Report on sanitation, dispensaries, and jails in Rajputana for 1909, and on vaccination for the year 1909-1910 - 1909-1910
Year: 1909
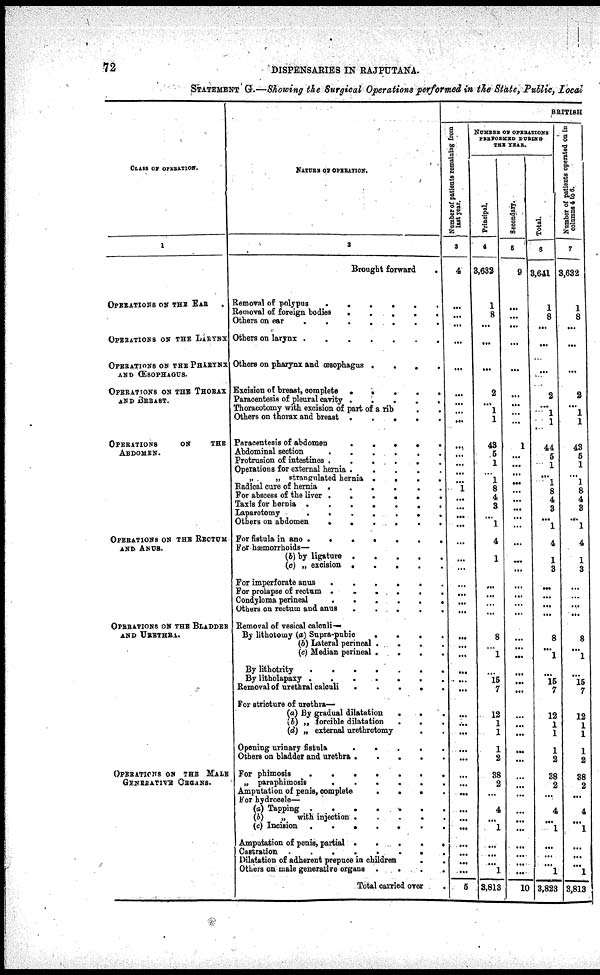
72
DISPENSARIES IN RAJPUTANA.
STATEMENT G.—Showing the Surgical Operations performed in the State, Public, Local
CLASS OF OPERATION.
1
OPERATIONS ON THE EAR
OPERATIONS ON THE LARYNX
OPERATIONS ON THE PHARYNX
AND ŒSOPHAGUS.
OPERATIONS ON THE THORAX
AND BREAST.
OPERATIONS
OF
THE
ABDOMEN.
OPERATIONS ON THE RECTUM
AND ANUS.
OPERATIONS ON THE BLADDER
AND URETHRA.
OPERATIONS ON THE MALE
GENERATIVE ORGANS.
NATURE OF OPERATION.
2
Brought forward
.
Removal of polypus
.
.
.
.
.
.
Removal of foreign bodies
.
.
.
.
.
Others on ear
.
.
.
.
.
.
.
Others on larynx .
.
.
.
.
.
.
Others on pharynx and œsophagus .
.
.
.
Excision of breast, complete .
.
.
.
.
Paracentesia of pleural cavity .
.
.
.
.
Thoracotomy with excision of part of a rib . .
Others on thorax and breast .
.
.
.
.
Paracentesis of abdomen
.
.
.
.
.
Abdominal section
.
.
.
.
. .
Protrusion of intestines .
.
.
.
.
.
Operations for external hernia .
.
.
.
.
,
„ strangulated hernia .
.
.
.
Radical cure of hernia .
.
.
.
.
.
For abscess of the liver .
.
.
.
.
.
Taxis for hernia .
.
.
.
.
.
.
Laparotomy
.
.
.
.
.
.
.
Others on abdomen
.
.
.
.
.
.
For fistula in ano .
.
.
.
.
.
.
For hæmorrhoids—
(b) by ligature
.
.
.
.
.
(c) „ excision .
.
.
.
.
For imperforate anus
.
.
.
.
.
.
For prolapse of rectum .
.
.
.
.
.
Condyloma perineal
.
.
.
.
.
.
Others on rectum and anus
.
.
.
.
.
Removal of vesical calculi—
By lithotomy (a) Supra-pubic
.
.
.
.
(b) Lateral perineal .
.
.
.
(c) Median perineal .
.
.
.
By lithotrity
.
.
.
.
.
.
.
By litholapaxy .
.
.
.
.
.
.
Removal of urethral calculi
.
.
.
.
.
For stricture of urethra—
(a) By gradual dilatation
.
.
.
(b) „ forcible dilatation
.
. .
(d) „ external urethrotomy . .
Opening urinary
fistula
.
.
.
.
.
Others on bladder and urethra .
.
.
.
.
For phimosis
.
.
.
.
.
.
.
„ paraphimosis
.
.
.
.
.
.
Amputation of penis, complete
.
.
.
.
For hydrocele—
(a) Tapping .
.
.
(b)
„ with injection
.
.
.
.
.
(c) Incision .
.
.
.
.
.
.
Amputation of penis, partial .
.
.
.
.
Castration .
.
.
.
.
.
.
.
Dilatation of adherent prepuce in childrens
. .
Others on male generative organs .
.
.
.
Total carried over .
BRITISH
Number of patients
remaining from
last year.
3
4
... ...
...
...
...
... ... ...
...
...
... ... ...
... 1
...
...
...
...
... ...
...
...
...
...
...
...
...
...
...
...
...
...
...
...
...
...
...
...
...
...
...
...
...
...
...
...
5
NUMBER OF OPERATIONS
PERFORMED DURING
PER YEAR.
Principal.
4
3,632
1
8
...
...
...
2
... 1
1
43
5
1
... 1
8
4
3
... 1
4
1
...
...
... ...
8
...
1
...
15
7
12
1
1
1
2
38
2
...
4
...
1
...
...
...
1
3,813
Secondary.
5
9
...
... ...
...
...
... ... ... ...
1
... ...
... ... ... ... ... ... ...
...
... ...
...
...
... ...
...
...
...
...
...
...
...
...
...
...
...
...
...
...
...
...
...
...
...
...
...
10
Total.
6
3,641
1
8
... ...
...
2
... 1
1
44
5
1
... 1
8
4
3
... 1
4
1
3
...
...
... ...
8
...
1
...
15
7
12
1
1
1
2
38
2
...
4
...
1
...
...
...
1
3,823
Number of patients
operated on in
columns 4 to 6.
7
3,632
1
8
... ...
...
2
.. 1
1
43
5
1
... 1
8
4
3
... 1
4
1
3
...
...
... ...
8
...
1
...
15
7
12
1
1
1
2
38
2
...
4
...
1
...
...
...
1
3,813